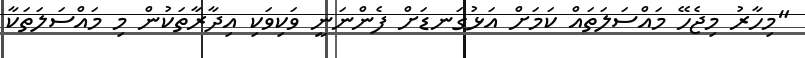
"މިހާރު މިޖެހޭ މައްސަލަތައް ކަމަށް އަޅުގަނޑަށް ފެންނަނީ ވަކިވަކި އިދާރާތަކުން މި މައްސަލަތަކާ